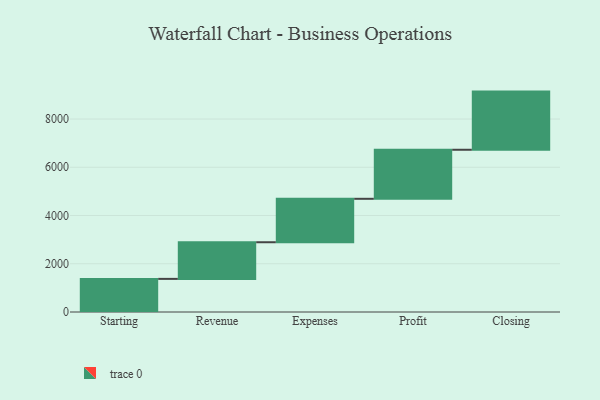
{"axis": {"x": "Step", "y": "Value"}, "legend": [""], "data": [{"x": "Starting", "y": 1373.0, "type": ""}, {"x": "Revenue", "y": 1519.0, "type": ""}, {"x": "Expenses", "y": 1801.0, "type": ""}, {"x": "Profit", "y": 2033.0, "type": ""}, {"x": "Closing", "y": 2411.0, "type": ""}]}